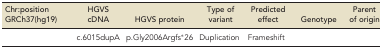
<table><thead><tr><td><b>Chr:position GRCh37(hg19)</b></td><td><b>HGVS cDNA</b></td><td><b>HGVS protein</b></td><td><b>Type of variant</b></td><td><b>Predicted effect</b></td><td><b>Genotype</b></td><td><b>Parent of origin</b></td></tr></thead><tbody><tr><td>[EMPTY_CELL]</td><td>c.6015dupA</td><td>p.Gly2006Argfs*26</td><td>Duplication</td><td>Frameshift</td><td>[EMPTY_CELL]</td><td>[EMPTY_CELL]</td></tr></tbody></table>